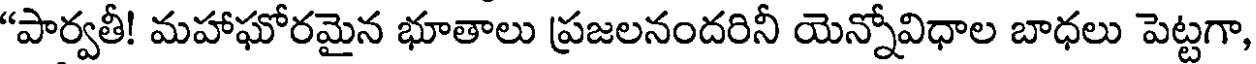
"పార్వతీ! మహాఘోరమైన భూతాలు ప్రజలనందరినీ యెన్నోవిధాల బాధలు పెట్టగా,